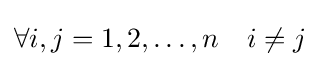
\forall i,j=1,2,\ldots ,n\quad i\neq j